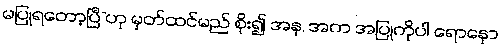
မပြုရတော့ပြီ”ဟု မှတ်ထင်မည် စိုး၍ အန, အက အပြုကိုပါ ရောနှော